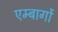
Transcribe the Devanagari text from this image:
एम्बार्गो